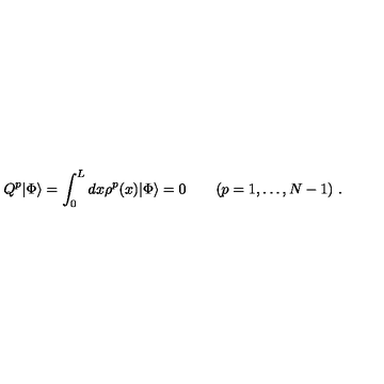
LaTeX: Q ^ { p } | \Phi \rangle = \int _ { 0 } ^ { L } d x \rho ^ { p } ( x ) | \Phi \rangle = 0 \quad \quad ( p = 1 , \ldots , N - 1 ) \ .